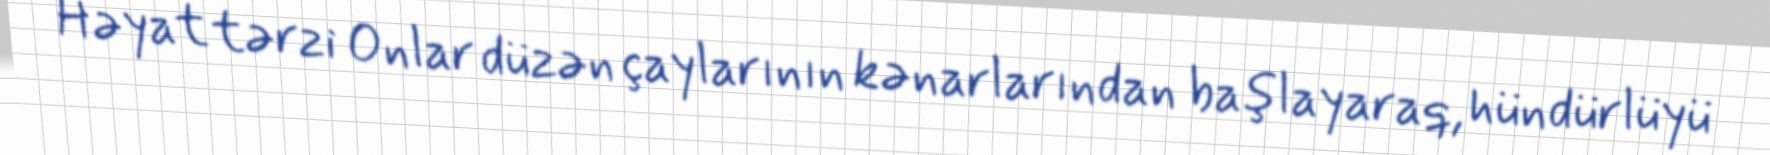
Həyat tərzi Onlar düzən çaylarının kənarlarından başlayaraq, hündürlüyü